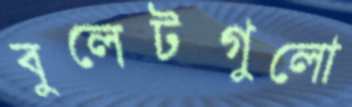
বুলেটগুলো